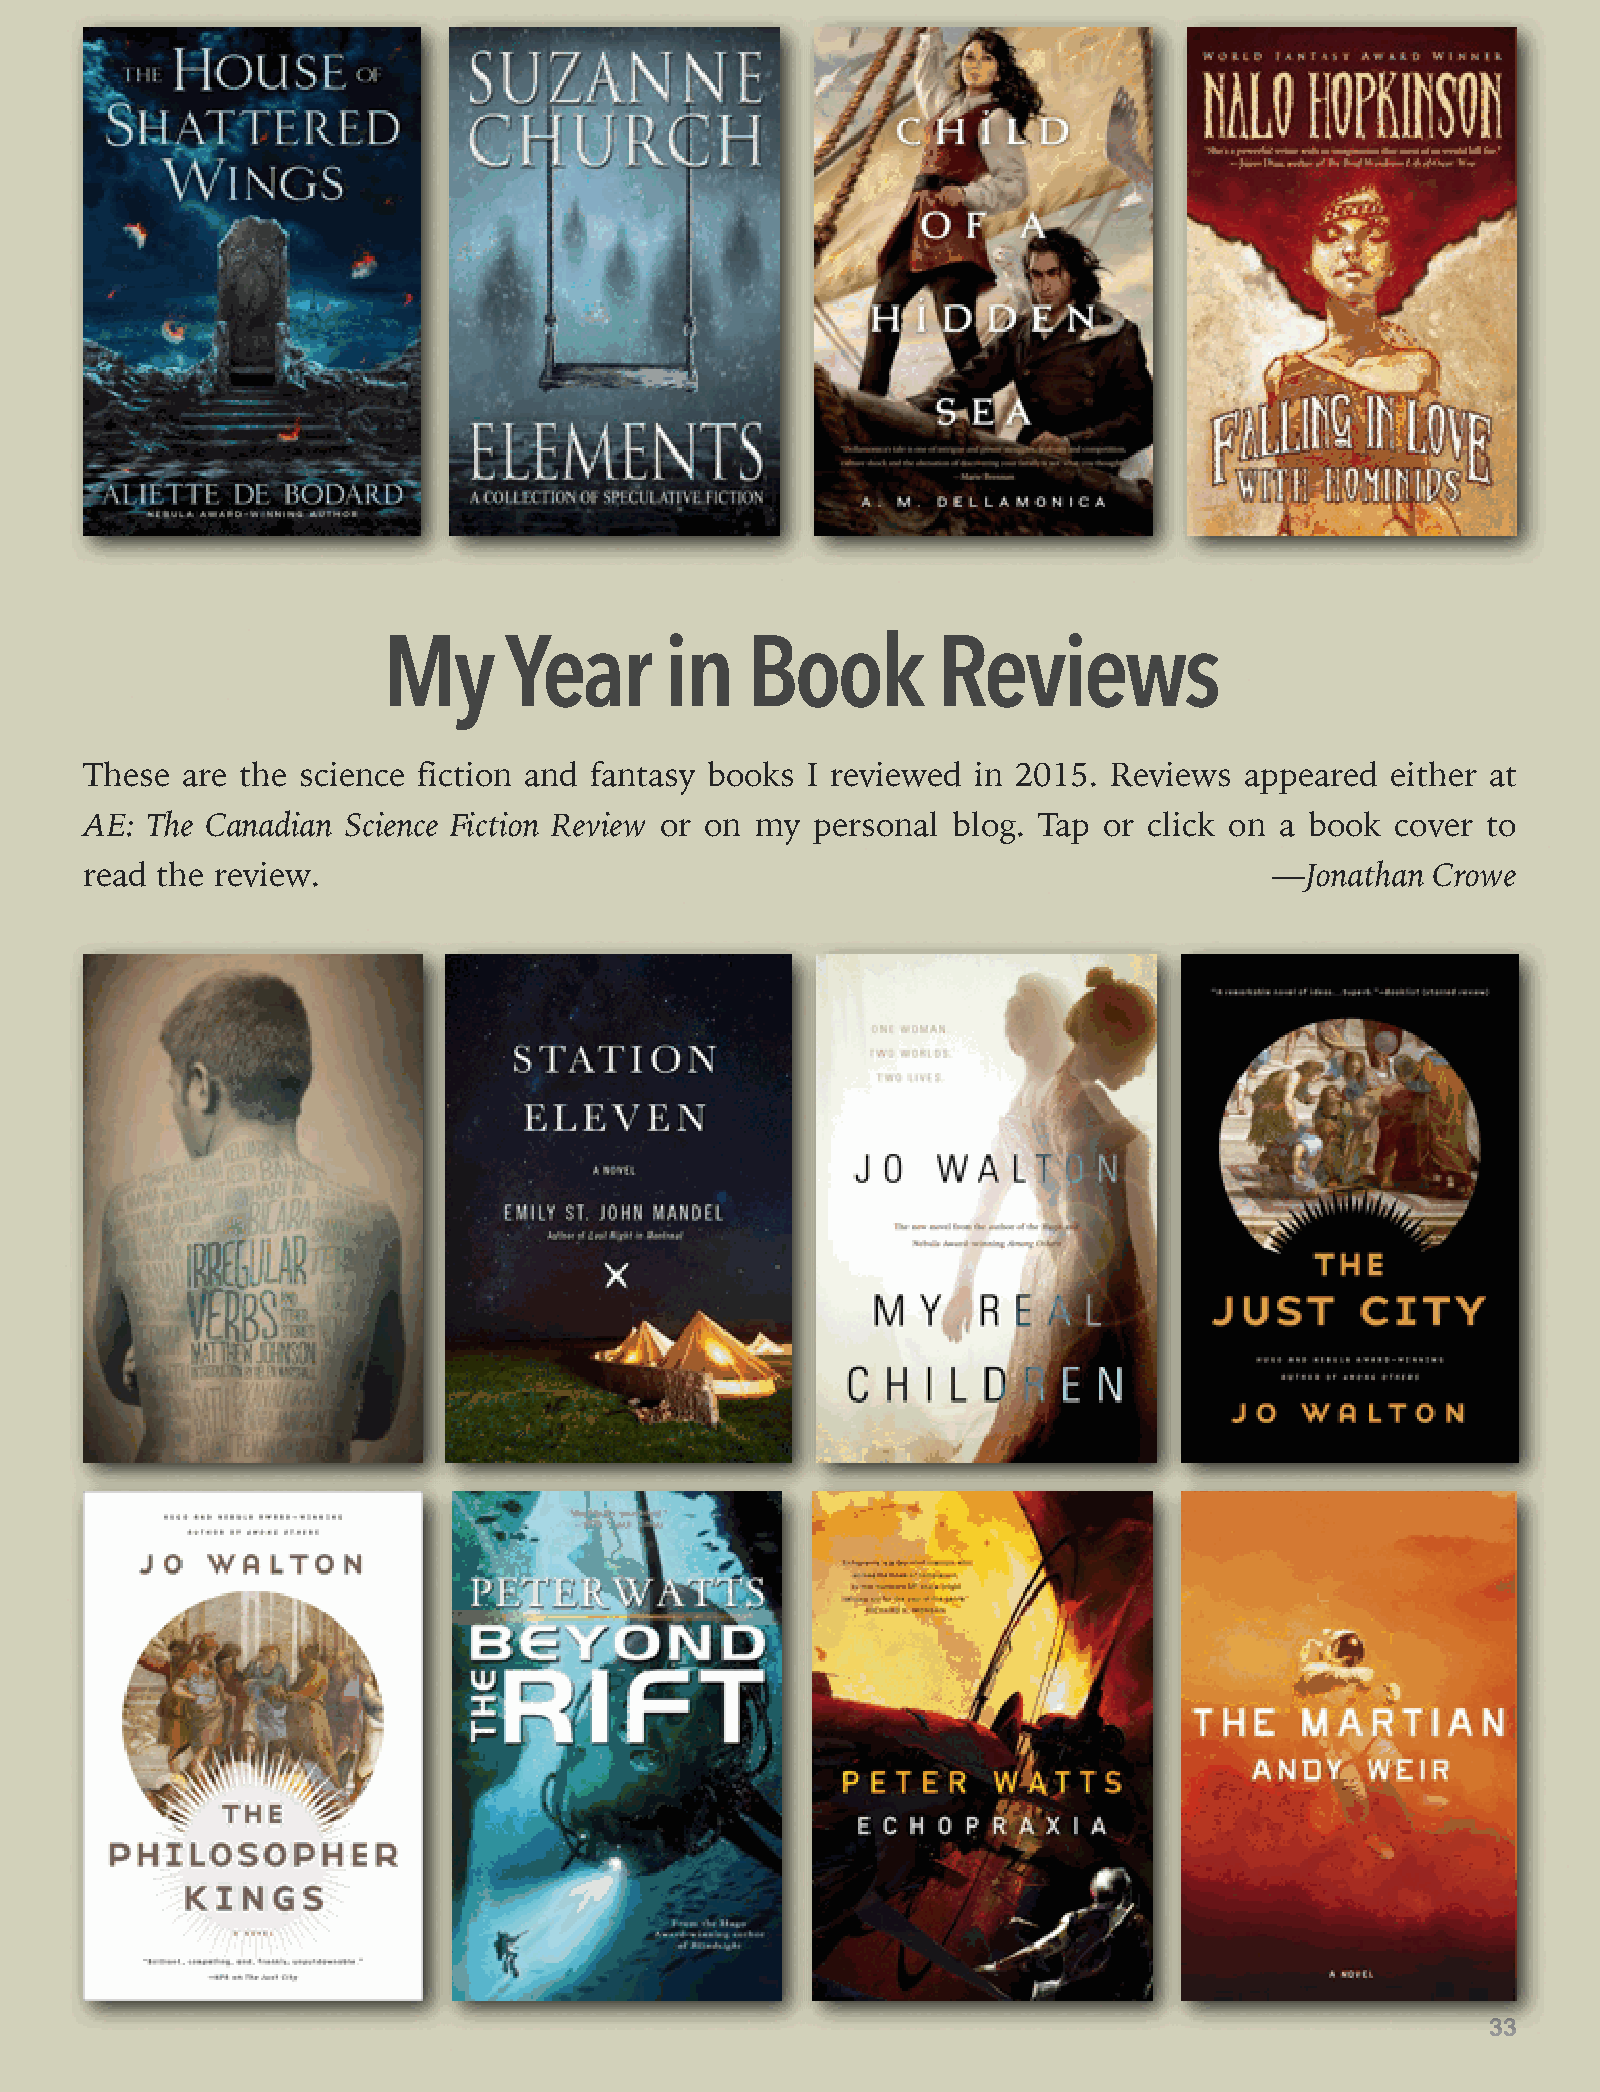
My      Year       in   Book         Reviews
 These are the science fiction and fantasy books I reviewed in 2015. Reviews appeared  either at
 AE: The Canadian Science Fiction Review or on my personal blog. Tap or click on a book cover to
 read the review.                                                              —Jonathan  Crowe
 33